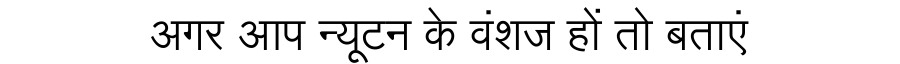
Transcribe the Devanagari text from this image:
अगर आप न्यूटन के वंशज हों तो बताएं